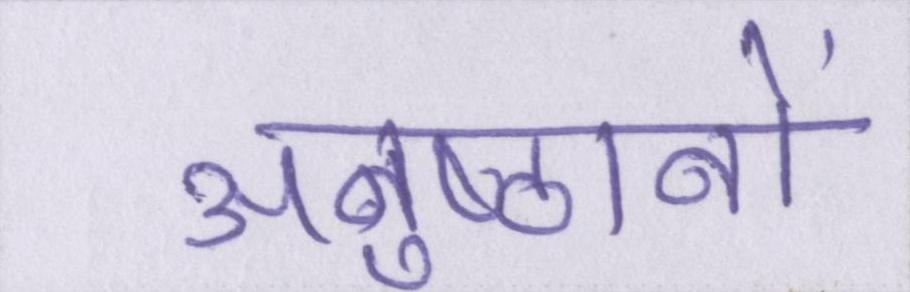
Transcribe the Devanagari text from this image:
अनुष्ठानों